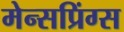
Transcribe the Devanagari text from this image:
मेन्सप्रिंग्स